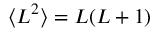
\langle L ^ { 2 } \rangle = L ( L + 1 )